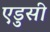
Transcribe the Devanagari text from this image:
एडुसी